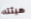
هيئته